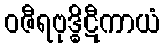
ဝဇီရဗုဒ္ဓိဋီကာယံ